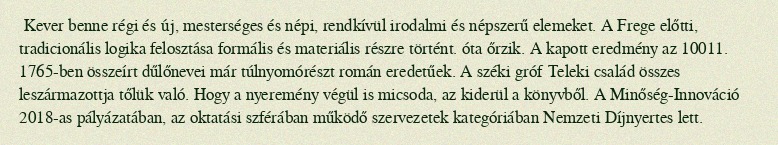
Kever benne régi és új, mesterséges és népi, rendkívül irodalmi és népszerű elemeket. A Frege előtti, tradicionális logika felosztása formális és materiális részre történt. óta őrzik. A kapott eredmény az 10011. 1765-ben összeírt dűlőnevei már túlnyomórészt román eredetűek. A széki gróf Teleki család összes leszármazottja tőlük való. Hogy a nyeremény végül is micsoda, az kiderül a könyvből. A Minőség-Innováció 2018-as pályázatában, az oktatási szférában működő szervezetek kategóriában Nemzeti Díjnyertes lett.